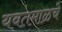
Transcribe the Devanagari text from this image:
यवतमाळचे